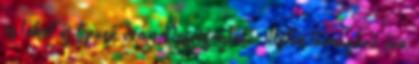
is lehet új típusú órán Összefoglaló, illetve témazáró óra